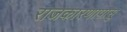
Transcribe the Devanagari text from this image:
राजकारणापासू